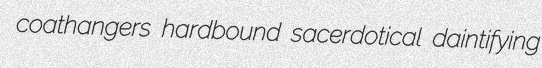
coathangers hardbound sacerdotical daintifying